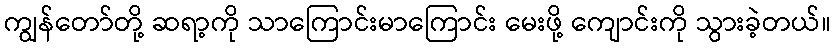
ကျွန်တော်တို့ ဆရာ့ကို သာကြောင်းမာကြောင်း မေးဖို့ ကျောင်းကို သွားခဲ့တယ်။